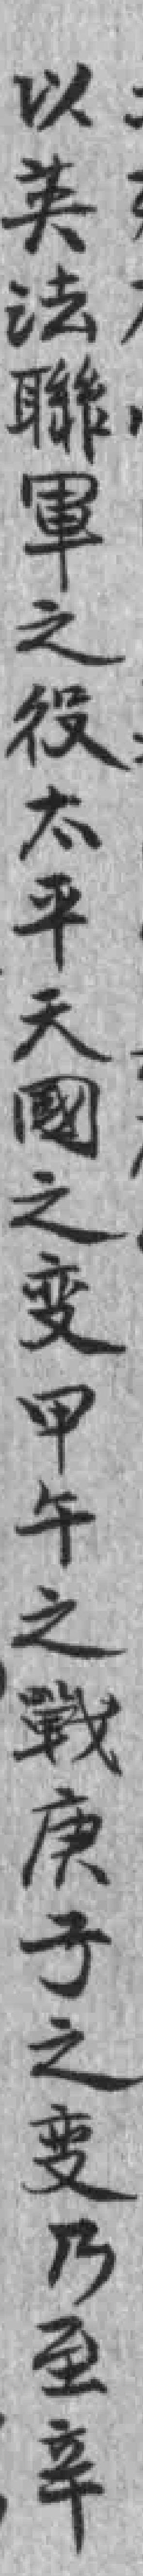
以英法聯軍之役太平天國之变甲午之戰庚子之变乃至辛